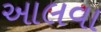
આલવા